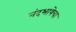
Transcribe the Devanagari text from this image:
नंदभाषेचा